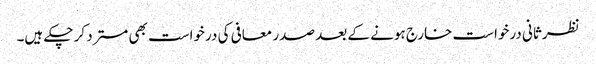
نظرثانی درخواست خارج ہونے کے بعد صدر معافی کی درخواست بھی مسترد کر چکے ہیں۔